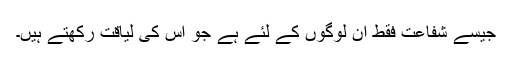
جیسے شفاعت فقط ان لوگوں کے لئے ہے جو اس کی لیاقت رکھتے ہیں۔